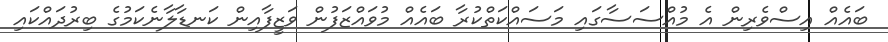
ބައެއް އިސްވެރިން އެ މުއްސަސާގައި މަސައްކަތްކުރާ ބައެއް މުވައްޒަފުން ވަޒީފާއިން ކަނޑާލާނެކަމުގެ ބިރުދައްކައި